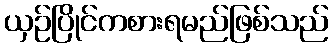
ယှဉ်ပြိုင်ကစားရမည်ဖြစ်သည်